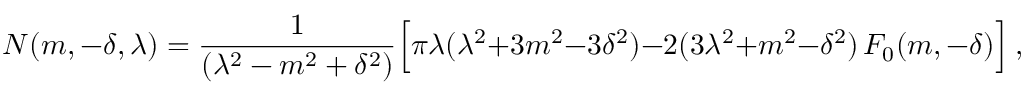
N ( m , - \delta , \lambda ) = { \frac { 1 } { ( \lambda ^ { 2 } - m ^ { 2 } + \delta ^ { 2 } ) } } \Big [ \pi \lambda ( \lambda ^ { 2 } + 3 m ^ { 2 } - 3 \delta ^ { 2 } ) - 2 ( 3 \lambda ^ { 2 } + m ^ { 2 } - \delta ^ { 2 } ) \, F _ { 0 } ( m , - \delta ) \Big ] \ ,